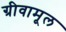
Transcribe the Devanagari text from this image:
ग्रीवामूल